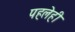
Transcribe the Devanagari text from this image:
पहलेही